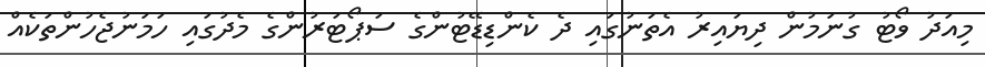
މިއަދު ވޯޓު ގުނަމުން ދިޔައިރު އެތަނުގައި ދެ ކެންޑިޑޭޓުންގެ ސަޕޯޓަރުންގެ މެދުގައި ހަމަނުޖެހުންތަކެއް